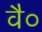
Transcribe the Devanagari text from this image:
वै०